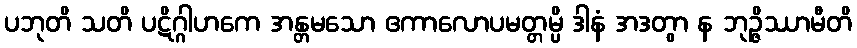
ပဘုတိ သတိ ပဋိဂ္ဂါဟကေ အန္တမသော ဧကာလောပမတ္တမ္ပိ ဒါနံ အဒတွာ န ဘုဉ္ဇိဿာမီတိ